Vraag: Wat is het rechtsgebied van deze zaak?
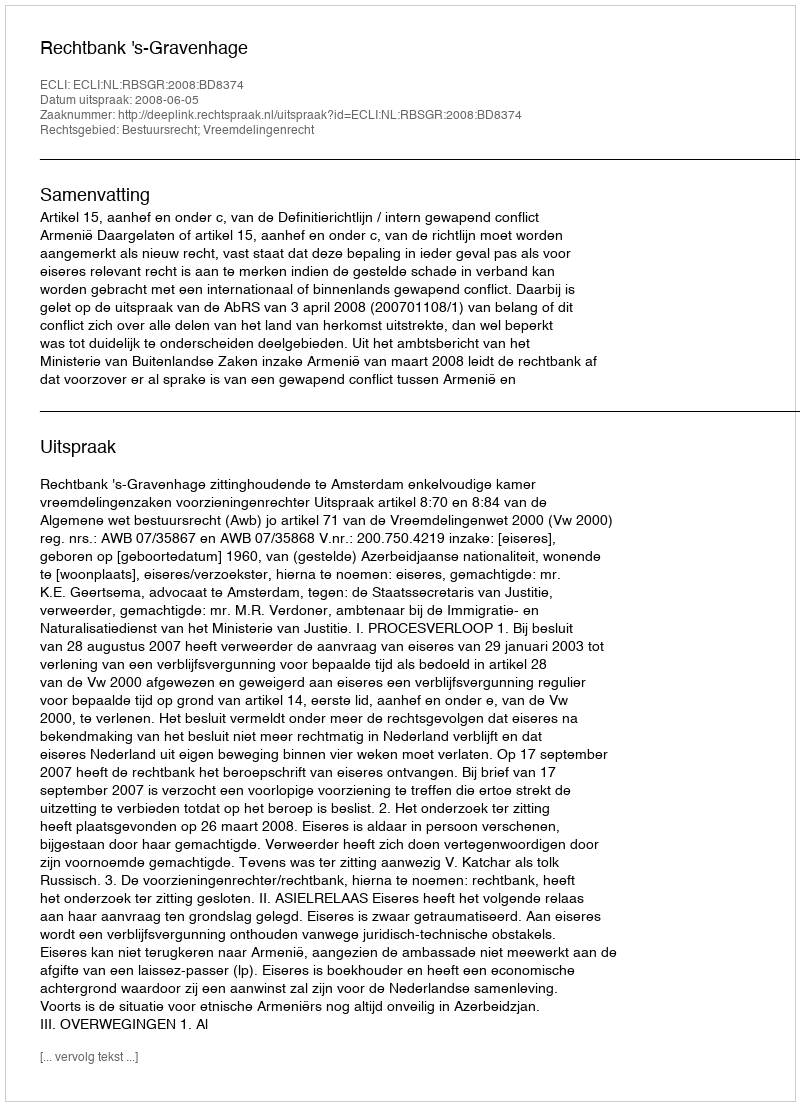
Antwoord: Bestuursrecht; Vreemdelingenrecht